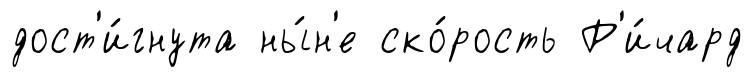
дост'и́гнута ны́н'е ско́рость Р'и́чард